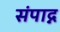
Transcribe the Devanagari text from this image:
संपाद्न